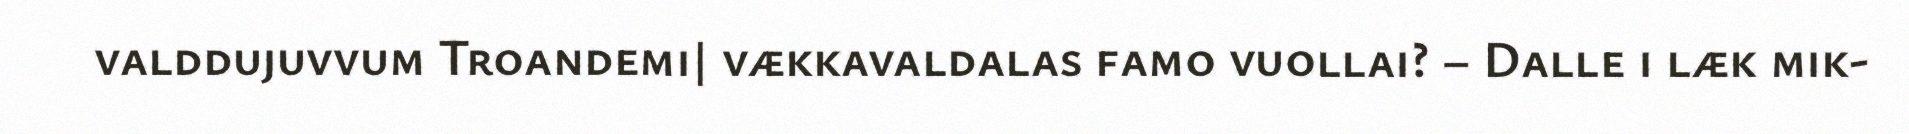
valddujuvvum Troandemi| vækkavaldalas famo vuollai? – Dalle i læk mik-